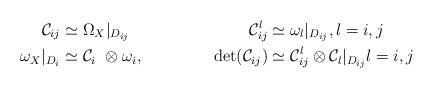
LaTeX: \begin{align*} \mathcal{C}_{ij} &\simeq \Omega_{X}|_{D_{ij}}&\mathcal{C}_{ij}^l &\simeq \omega_l|_{D_{ij}}, l=i,j \\\omega_X|_{D_i} &\simeq \mathcal{C}_i\ \otimes \omega_i,&\det(\mathcal{C}_{ij}) &\simeq \mathcal{C}_{ij}^l \otimes \mathcal{C}_l|_{D_{ij}} l=i,j\end{align*}